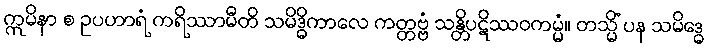
ဣမိနာ စ ဥပဟာရံ ကရိဿာမီတိ သမိဒ္ဓိကာလေ ကတ္တဗ္ဗံ သန္တိပဋိဿဝကမ္မံ။ တသ္မိံ ပန သမိဒ္ဓေ